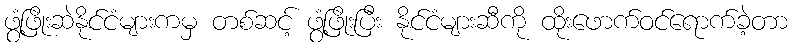
ဖွံ့ဖြိုးဆဲနိုင်ငံများကမှ တစ်ဆင့် ဖွံ့ဖြိုးပြီး နိုင်ငံများဆီကို ထိုးဖောက်ဝင်ရောက်ခဲ့တာ